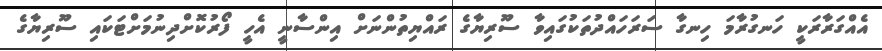
އެއްގަރާރަކީ ހަނގުރާމަ ހިނގާ ސަރަހައްދުތަކުގައިވާ ސޫރިޔާގެ ރައްޔިތުންނަށް އިންސާނީ އެހީ ފޯރުކޮށްދިނުމަށްޓަކައި ސޫރިޔާގެ